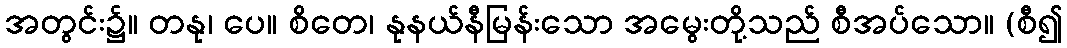
အတွင်း၌။ တနု၊ ပေ။ စိတေ၊ နုနယ်နီမြန်းသော အမွေးတို့သည် စီအပ်သော။ (စီ၍